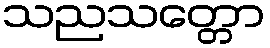
သညသတ္တော